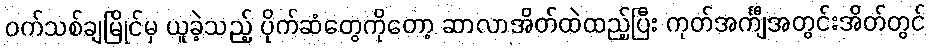
ဝက်သစ်ချမြိုင်မှ ယူခဲ့သည့် ပိုက်ဆံတွေကိုတော့ ဆာလာအိတ်ထဲထည့်ပြီး ကုတ်အင်္ကျီအတွင်းအိတ်တွင်